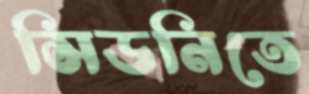
সিডনিতে